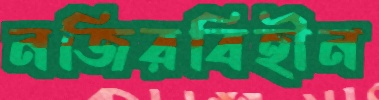
নজিরবিহীন